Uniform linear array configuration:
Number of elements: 12
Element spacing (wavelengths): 0.75
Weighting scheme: kaiser
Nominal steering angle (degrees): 0
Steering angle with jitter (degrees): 0.3738
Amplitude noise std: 0.05
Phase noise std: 0.05

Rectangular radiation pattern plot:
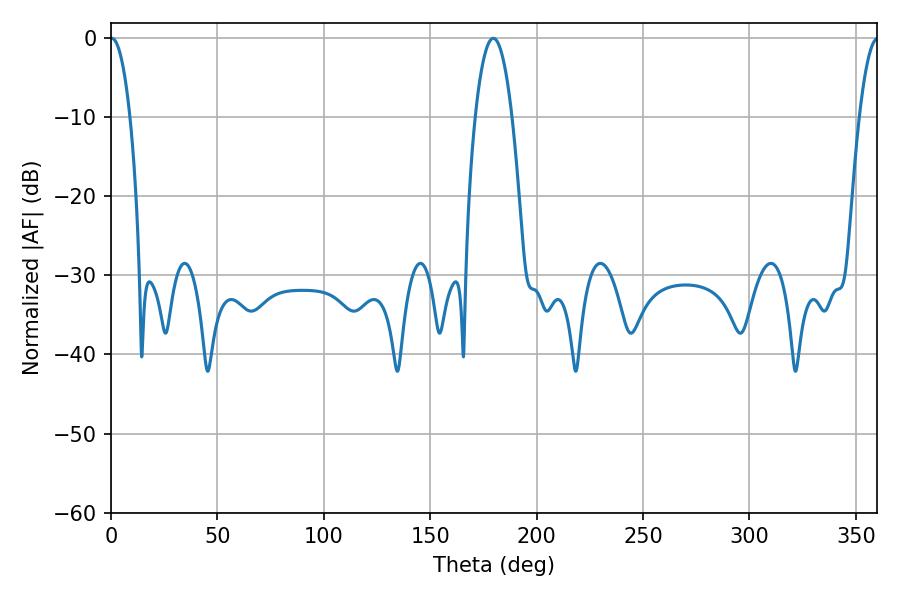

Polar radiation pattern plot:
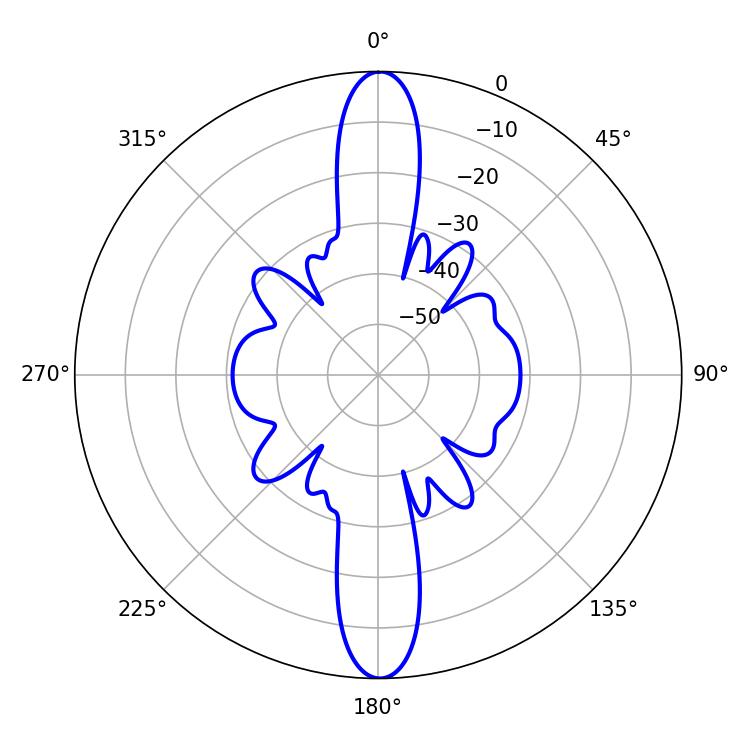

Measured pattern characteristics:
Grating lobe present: TRUE
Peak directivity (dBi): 31.108
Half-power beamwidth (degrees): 5.04
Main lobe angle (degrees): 0.36